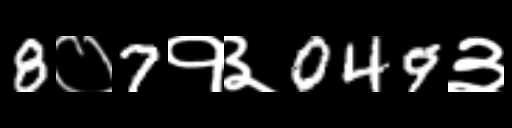
Text: 8०7१३049३